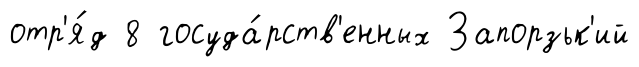
отр'я́д 8 госуда́рств'енных Запорзьк'ий